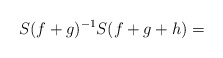
\begin{align*}S(f+g)^{-1}S(f+g+h)=\end{align*}